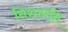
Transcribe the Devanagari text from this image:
निशापति